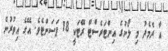
އާ ދެމެދު މި ލޯނުގެ އިންޓަރެސްޓް ރޭޓަކީ 18 ޕަސަންޓެވެ. އޭގެ އިތުރުން